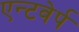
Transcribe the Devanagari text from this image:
एन्टवेर्प